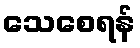
သေစေရန်